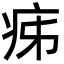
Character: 㾅